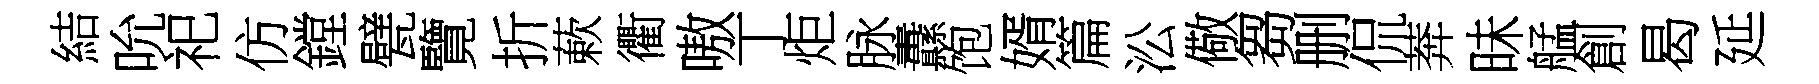
結吮祀仿鏜甓覽折蔌衢嗷丁炬脉纛饱婿篇㳂儆芻删侃莾昧艋創曷延